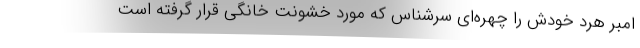
امبر هرد خودش را چهره‌ای سرشناس که مورد خشونت خانگی قرار گرفته است